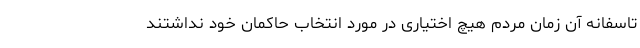
تاسفانه آن زمان مردم هیچ اختیاری در مورد انتخاب حاکمان خود نداشتند